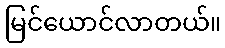
မြင်ယောင်လာတယ်။